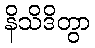
နိသိဒိတွာ